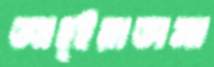
আহ্ইয়াতানা